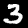
Label: 3